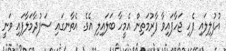
އުފުލިލައި ފެހި ޖަހާފައިވާ ފާރުމަތިން އެމީހާ ބަލައިލި އެވެ. އެތާނގައި ސަފުދާމަލާފައި ވަނީ